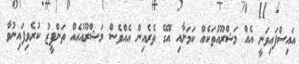
އައިސްފައިވަނީ އެއް މަޝްރޫއުތަކެއް ކަމަށާއި އޭގެ ތެރެއިން އެއްވެސް މަޝްރޫއުއެއް ތަންފީޒު ކުރެވިފައިނުވާ